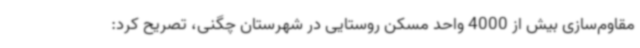
مقاوم‌سازی بیش از 4000 واحد مسکن روستایی در شهرستان چگنی، تصریح کرد: